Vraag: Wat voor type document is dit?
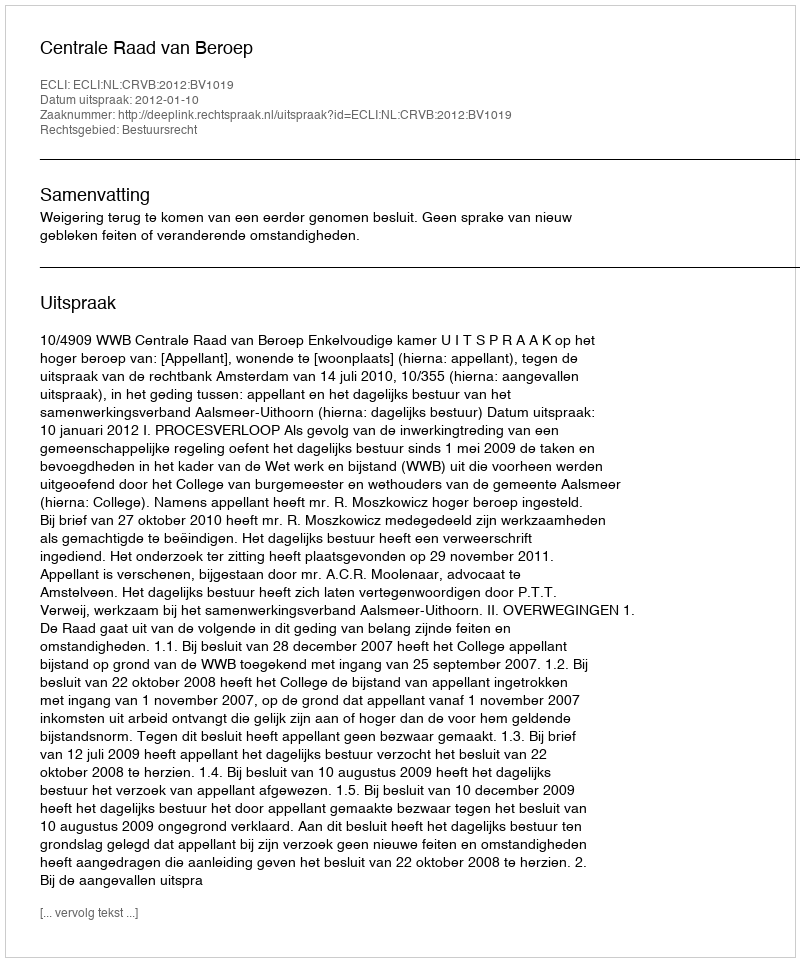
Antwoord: Uitspraak